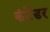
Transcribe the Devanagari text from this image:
कंटेंडर